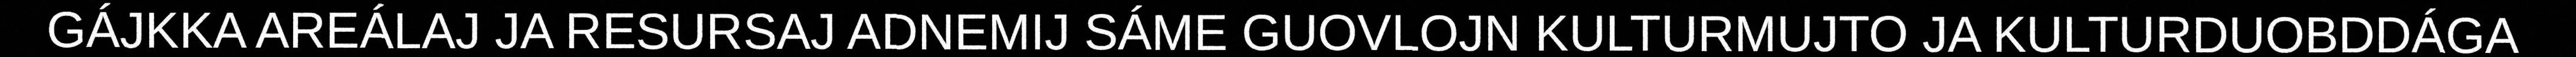
GÁJKKA AREÁLAJ JA RESURSAJ ADNEMIJ SÁME GUOVLOJN KULTURMUJTO JA KULTURDUOBDDÁGA